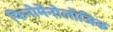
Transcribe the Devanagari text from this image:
फिनोमेनोलॉजिक